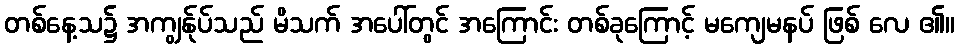
တစ်နေ့သ၌ အကျွန်ုပ်သည် မိသက် အပေါ်တွင် အကြောင်း တစ်ခုကြောင့် မကျေမနပ် ဖြစ် လေ ၏။